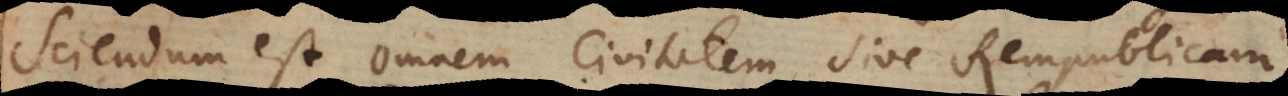
sciendum est omnem Civitatem sive Rempublicam